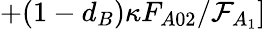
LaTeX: +(1-d_{B})\kappa F_{A02}/\mathcal{F}_{A_{1}}]